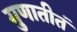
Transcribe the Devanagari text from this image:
गुणातीतं